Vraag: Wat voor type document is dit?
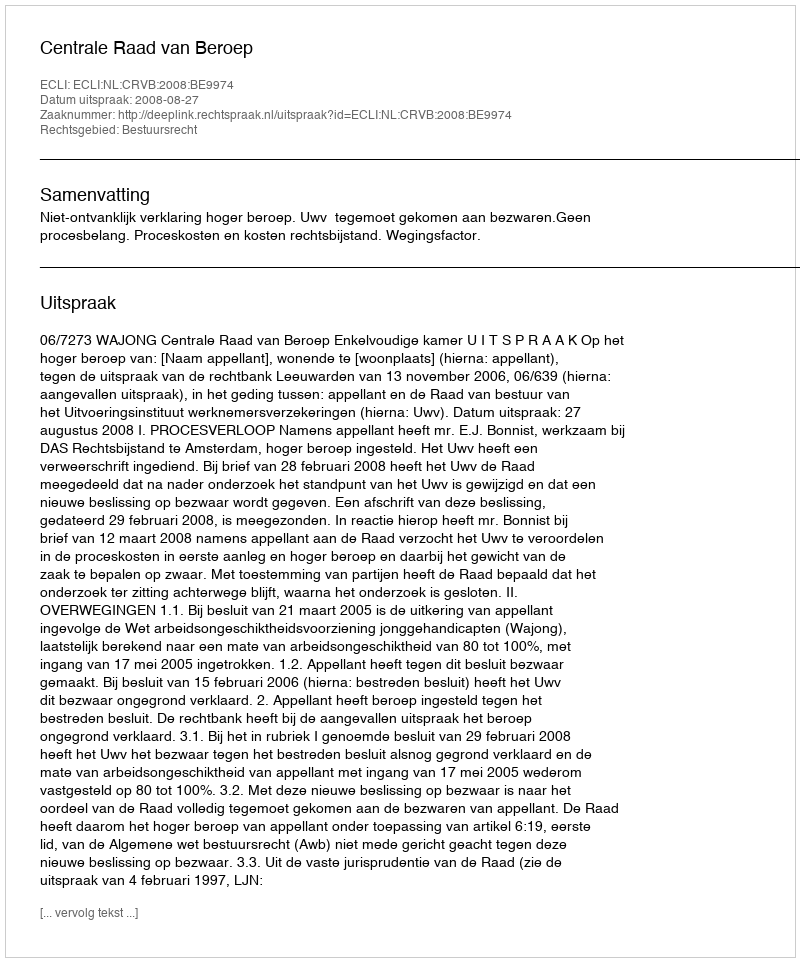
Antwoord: Uitspraak